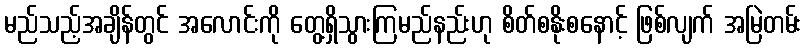
မည်သည့်အချိန်တွင် အလောင်းကို တွေ့ရှိသွားကြမည်နည်းဟု စိတ်စနိုးစနောင့် ဖြစ်လျက် အမြဲတမ်း